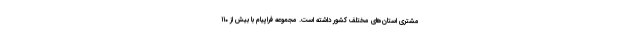
مشتری استان‌های مختلف کشور داشته است. مجموعه فراپیام با بیش از ۱۱۰